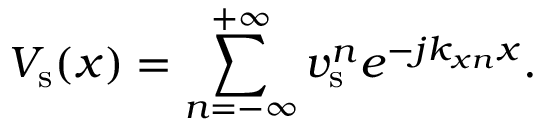
\quad V _ { \mathrm { s } } ( x ) = \sum _ { n = - \infty } ^ { + \infty } v _ { \mathrm { s } } ^ { n } e ^ { - j k _ { x n } x } .